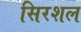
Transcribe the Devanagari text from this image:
सिरशल